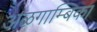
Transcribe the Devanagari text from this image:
अऴगाम्बिका